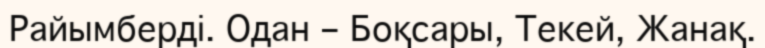
Райымберді. Одан – Боқсары, Текей, Жанақ.